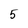
Character: 5